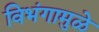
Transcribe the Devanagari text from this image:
विभंगामुळे